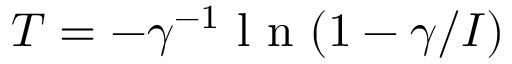
T = - \gamma ^ { - 1 } \textrm { l n } ( 1 - { \gamma } / { I } )